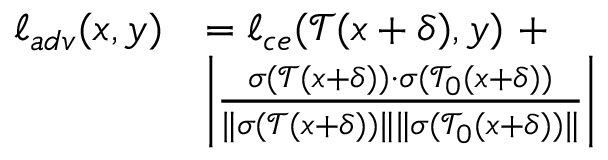
\begin{array} { r l } { \ell _ { a d v } ( x , y ) } & { = \ell _ { c e } ( \mathcal { T } ( x + \delta ) , y ) \mathrm { ~ } + } \\ & { \left\vert \frac { \sigma ( \mathcal { T } ( x + \delta ) ) \cdot \sigma ( \mathcal { T } _ { 0 } ( x + \delta ) ) } { \Vert \sigma ( \mathcal { T } ( x + \delta ) ) \Vert \Vert \sigma ( \mathcal { T } _ { 0 } ( x + \delta ) ) \Vert } \right\vert } \end{array}